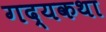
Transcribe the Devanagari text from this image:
गद्यकथा